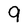
Character: q